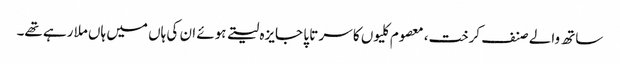
ساتھ والے صنف کرخت، معصوم کلیوں کا سر تا پا جایزہ لیتے ہوئے ان کی ہاں میں ہاں ملا رہے تھے۔